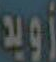
زويد